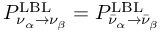
P _ { \nu _ { \alpha } \to \nu _ { \beta } } ^ { \mathrm { L B L } } = P _ { \bar { \nu } _ { \alpha } \to \bar { \nu } _ { \beta } } ^ { \mathrm { L B L } }